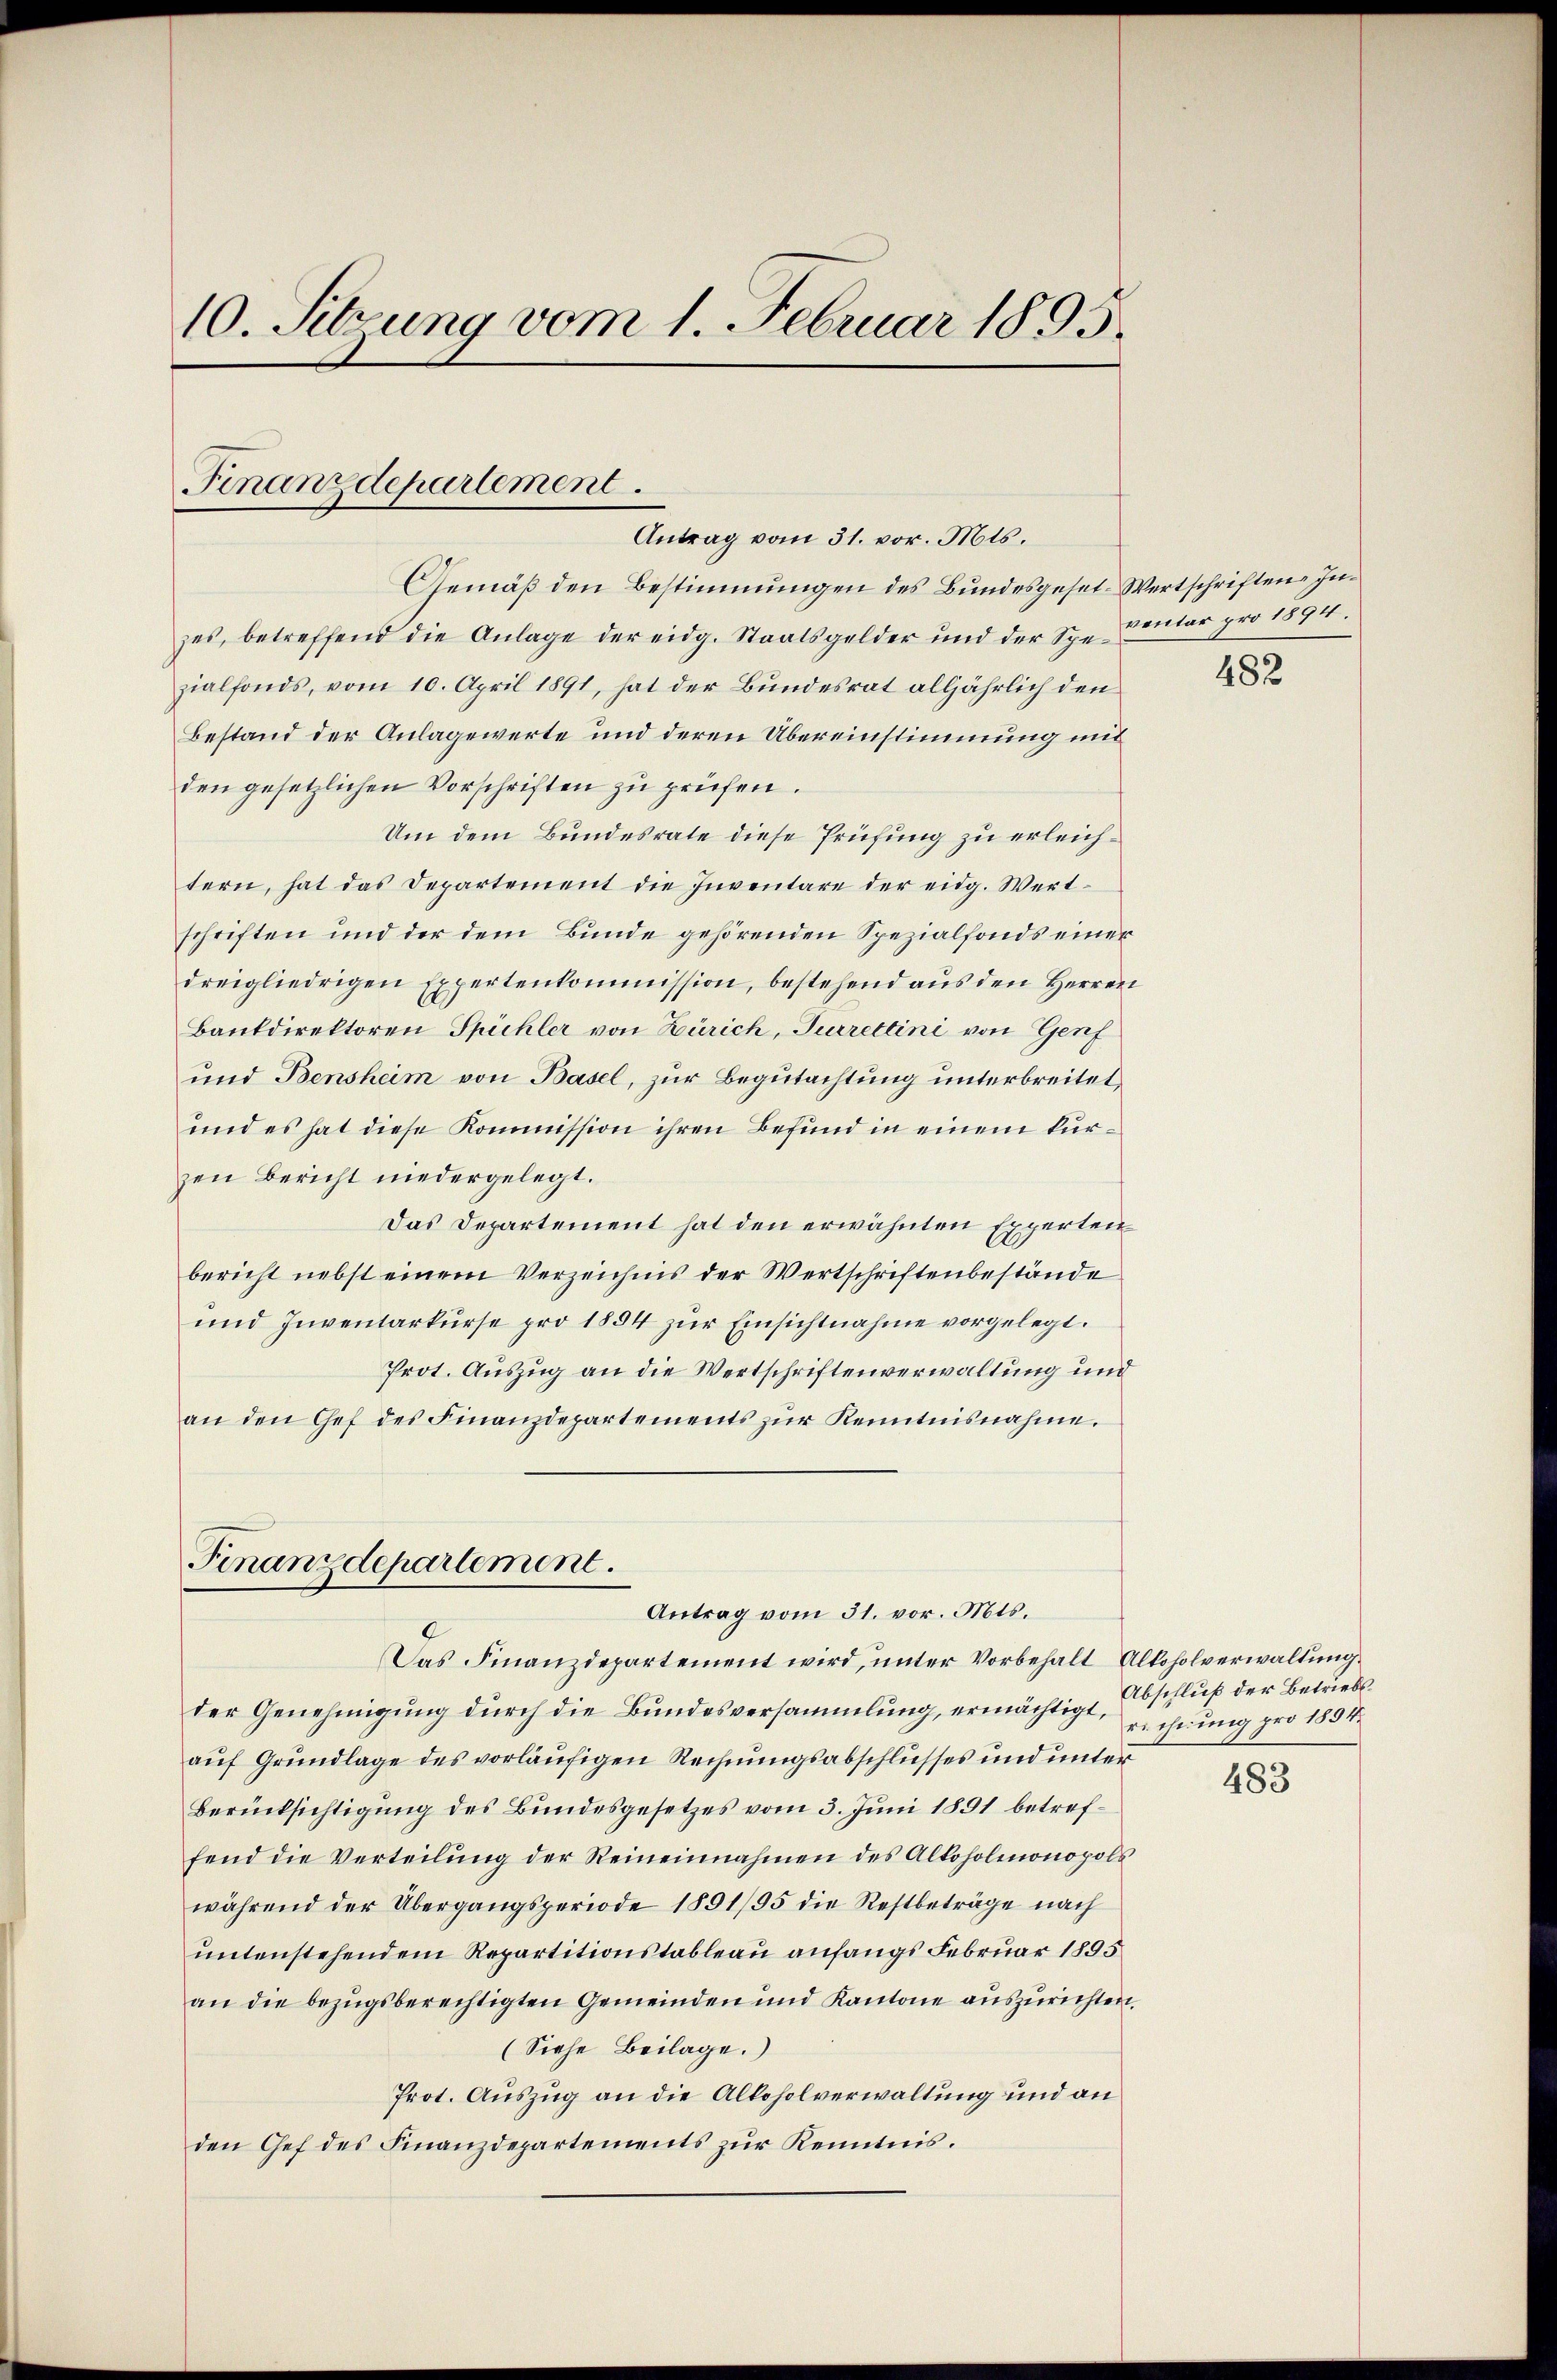
10. Sitzung vom 1. Februar 1895.

Finanzdepartement
Antrag vom 31. vor. Mts.

Gemäß den Bestimmungen des Bundesgeset-Wertschriften Inzes, betreffend die Anlage der eidg. Staatsgelder und der Sp. ventar pro 1894.
zialfonds, vom 10. April 1891, hat der Bundesrat alljährlich den
Bestand der Anlagewerte und deren Übereinstimmung mit
den gesetzlichen Vorschriften zu prüfen.
Um dem Bundesrate diese Prüfung zu erleichtern, hat das Departement die Inventare der eidg. Wert-
schriften und der dem Bunde gehörenden Spezialfonds einer
dreigliedrigen Expertenkommission, bestehend aus den Herren
Bankdirektoren Spichler von Zürich, Surrettini von Genf
und Bensheim von Basel, zur Begutachtung unterbreitet,
und es hat diese Kommission ihren Befund in einem kurzen Bericht niedergelegt.
Das Departement hat den erwähnten Experten
bericht nebst einem Verzeichnis der Wertschriftenbestände
und Inventarkurse pro 1884 zur Einsichtnahme vorgelegt.
Prot. Auszug an die Wertschriftenverwaltung und
an den Gef des Finanzdepartements zŭr Kenntnisnahme.

Finanzdepartement.
Antrag vom 31. vor. Mts.

Das Finanzdepartement wird, unter Vorbehalt Alkoholverwaltung
der Genehmigung durch die Bundesversammlung, ermächtigt,
auf Grundlage des vorläufigen Rechnungsabschlusses und unter
Berücksichtigung des Bundesgesetzes vom 3. Juni 1891 betreffend die Verteilung der Reineinnahmen des Alkoholmonopols
während der Übergangsperiode 1891/95 die Restbeträge nach
untenstehendem Repartitionstableau anfangs Februar 1895
an die bezugsberechtigten Gemeinden und Kantone auszurichten.
(Siehe Beilage.
Prot. Auszug an die Alkoholverwaltung und an
den Chef des Finanzdepartements zur Kenntnis.

482

Abschluß der Betriebsrichtung pro 1894.

483